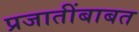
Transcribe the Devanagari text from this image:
प्रजातींबाबत